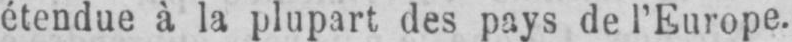
étendue à la plupart des pays de l’Europe.